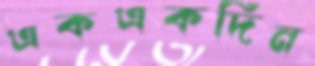
একএকদিন